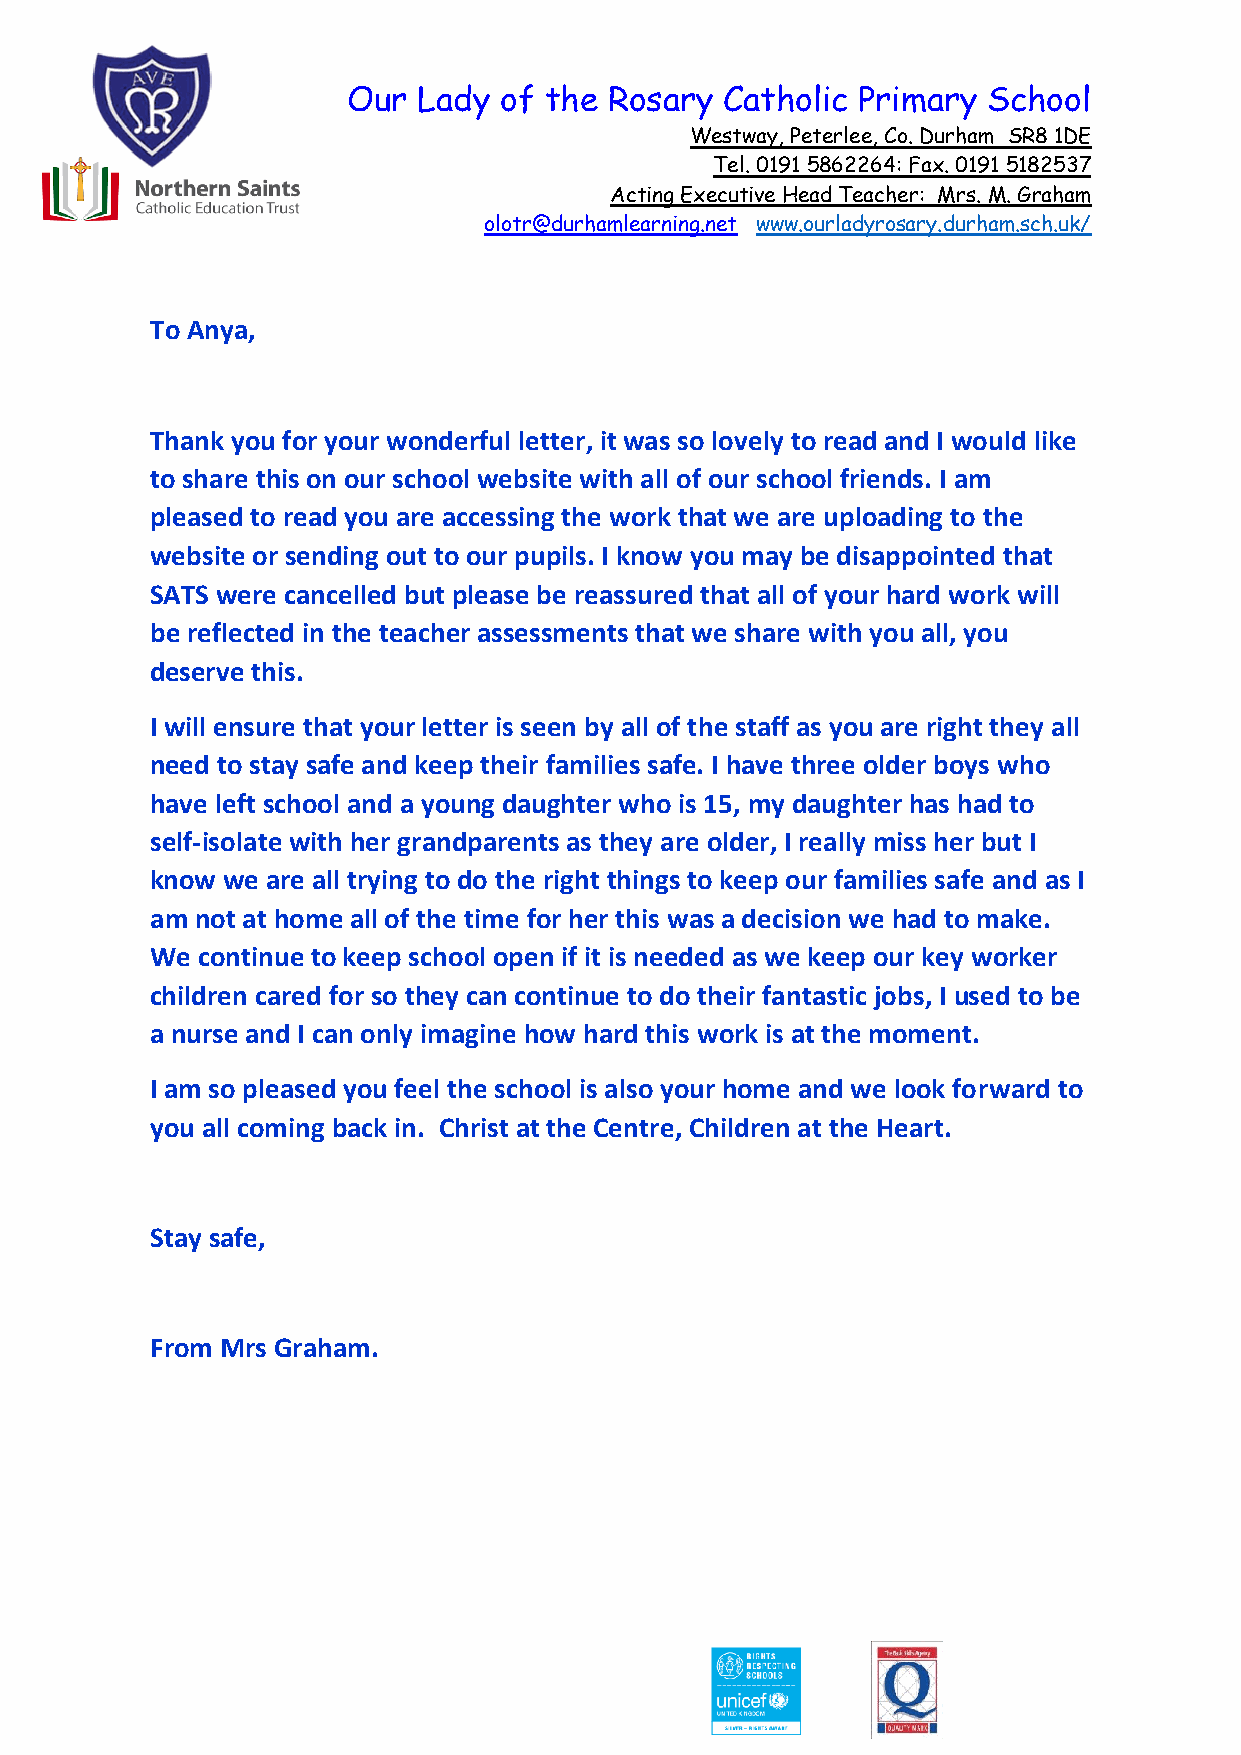
Our  Lady of the Rosary  Catholic Primary School
 Westway, Peterlee, Co. Durham SR8 1DE
 Tel. 0191 5862264: Fax. 0191 5182537
 Acting Executive Head Teacher: Mrs. M. Graham
 olotr@durhamlearning.net www.ourladyrosary.durham.sch.uk/
 To Anya,
 Thank you for your wonderful letter, it was so lovely to read and I would like
 to share this on our school website with all of our school friends. I am
 pleased to read you are accessing the work that we are uploading to the
 website or sending out to our pupils. I know you may be disappointed that
 SATS were cancelled but please be reassured that all of your hard work will
 be reflected in the teacher assessments that we share with you all, you
 deserve this.
 I will ensure that your letter is seen by all of the staff as you are right they all
 need to stay safe and keep their families safe. I have three older boys who
 have left school and a young daughter who is 15, my daughter has had to
 self-isolate with her grandparents as they are older, I really miss her but I
 know we are all trying to do the right things to keep our families safe and as I
 am not at home all of the time for her this was a decision we had to make.
 We continue to keep school open if it is needed as we keep our key worker
 children cared for so they can continue to do their fantastic jobs, I used to be
 a nurse and I can only imagine how hard this work is at the moment.
 I am so pleased you feel the school is also your home and we look forward to
 you all coming back in. Christ at the Centre, Children at the Heart.
 Stay safe,
 From Mrs Graham.